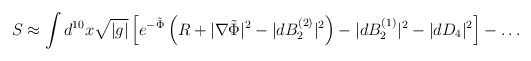
\begin{align*}S \approx \int d^{10}x \sqrt{|g|} \left[ e^{-\tilde{\Phi}} \left( R +|\nabla \tilde{\Phi} |^2 -| dB_2^{(2)} |^2 \right) -| dB_2^{(1)} |^2 -|dD_4|^2 \right] -\ldots\end{align*}